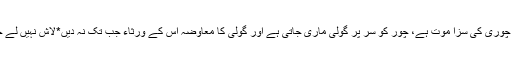
چین میں چوری کی سزا موت ہے، چور کو سر پر گولی ماری جاتی ہے اور گولی کا معاوضہ اس کے ورثاء جب تک نہ دیں*لاش نہیں لے جاسکتے۔